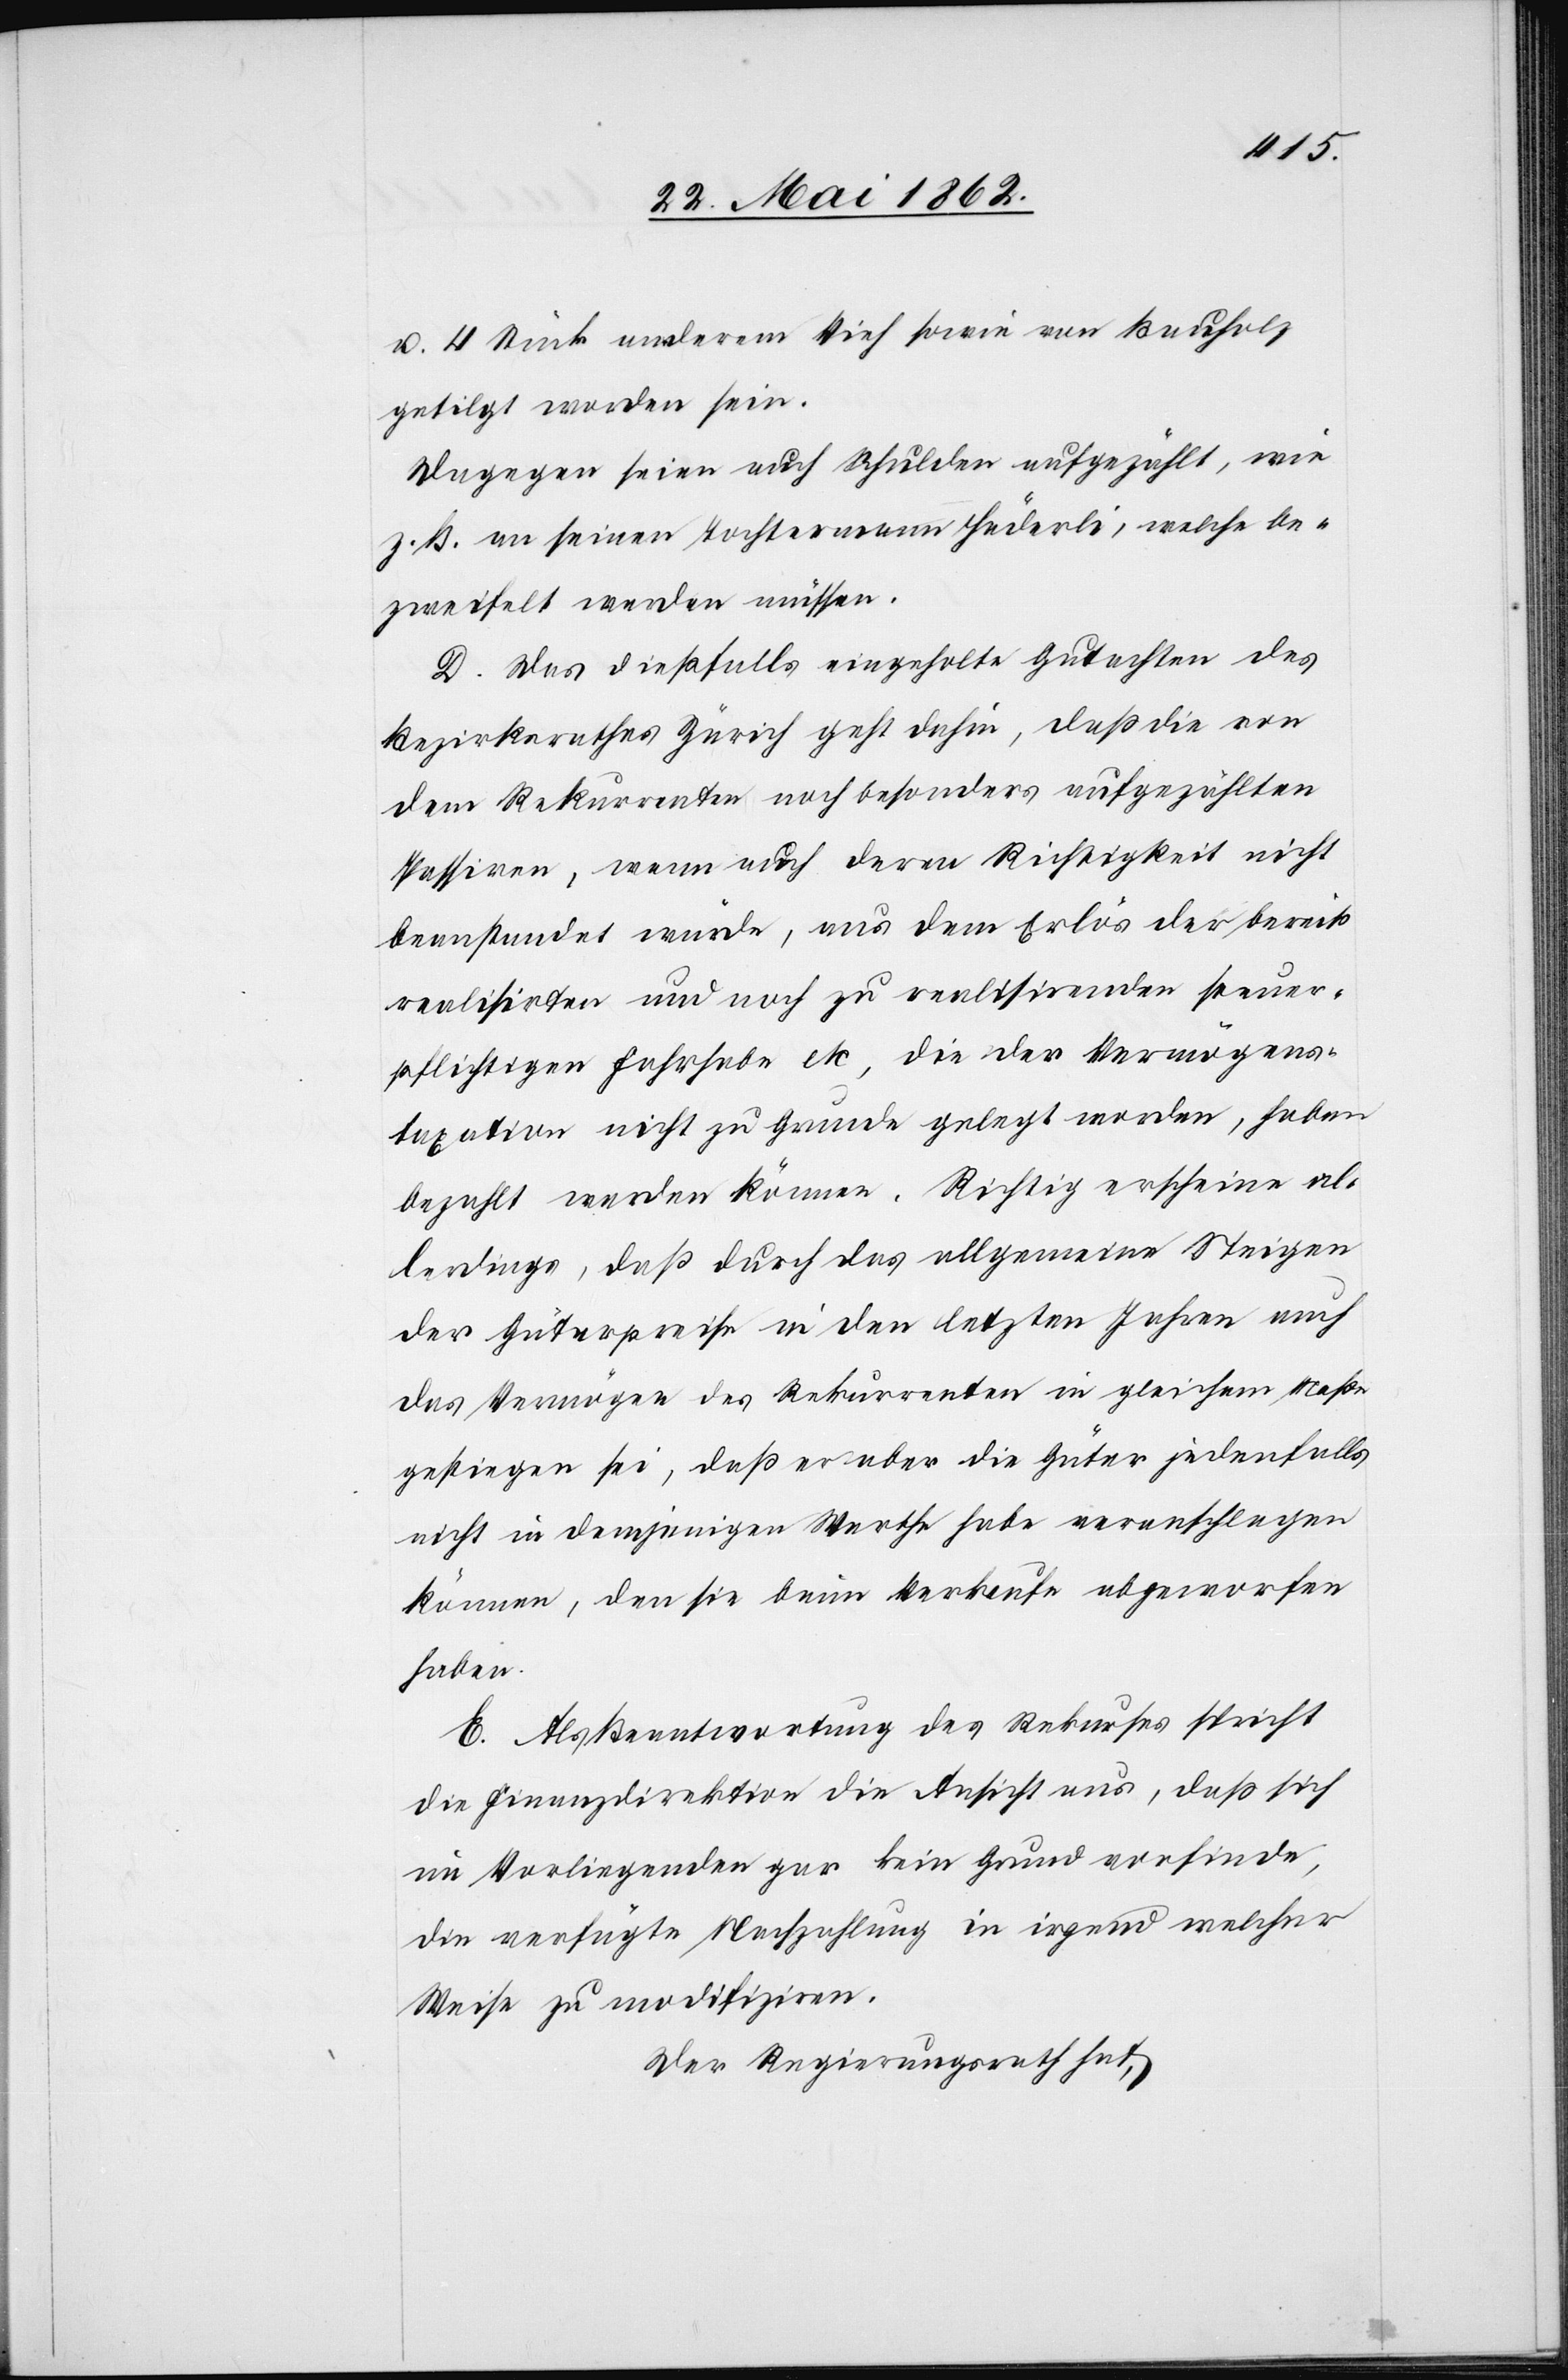
u. 4 Stück anderem Vieh sowie von Buchholz
getilgt worden sein.
Dagegen seien auch Schulden aufgezählt, wie
z. B. an seinen Tochtermann Häderli, welche be¬
zweifelt werden müssen.
D. Das dießfalls eingeholte Gutachten des
Bezirksrathes Zürich geht dahin, daß die von
dem Rekurrenten noch besonders aufgezählten
Passiven, wenn auch deren Richtigkeit nicht
beanstandet würde, aus dem Erlös der bereits
realisirten und noch zu realisirenden steuer¬
pflichtigen Fahrhabe etc, die der Vermögens¬
taxation nicht zu Grunde gelegt worden, haben
bezahlt werden können. Richtig erscheine al¬
lerdings, daß durch das allgemeine Steigen
der Güterpreise in den letzten Jahren auch
das Vermögen des Rekurrenten in gleichem Maße
gestiegen sei, daß er aber die Güter jedenfalls
nicht in demjenigen Werthe habe veranschlagen
können, den sie beim Verkaufe abgeworfen
haben.
E. Als Beantwortung des Rekurses spricht
die Finanzdirektion die Ansicht aus, daß sich
im Vorliegenden gar kein Grund vorfinde,
die verfügte Nachzahlung in irgend welcher
Weise zu modifiziren.
Der Regierungsrath hat,